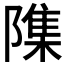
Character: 𮥢